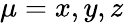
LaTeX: \mu=x,y,z